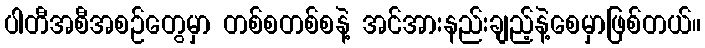
ပါတီအစီအစဉ်တွေမှာ တစ်စတစ်စနဲ့ အင်အားနည်းချည့်နဲ့စေမှာဖြစ်တယ်။